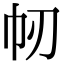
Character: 㠴